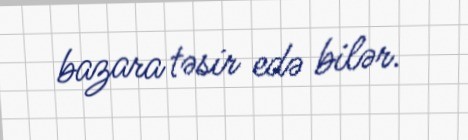
bazara təsir edə bilər.